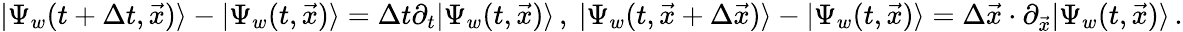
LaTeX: |\Psi_{w}(t+\Delta t,\vec{x})\rangle-|\Psi_{w}(t,\vec{x})\rangle=\Delta t\partial_{t}|\Psi_{w}(t,\vec{x})\rangle\, ,\ |\Psi_{w}(t,\vec{x}+\Delta\vec{x})\rangle-|\Psi_{w}(t,\vec{x})\rangle=\Delta\vec{x}\cdot\partial_{\vec{x}}|\Psi_{w}(t,\vec{x})\rangle\, .